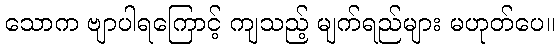
သောက ဗျာပါရကြောင့် ကျသည့် မျက်ရည်များ မဟုတ်ပေ။